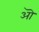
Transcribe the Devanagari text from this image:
अॊ